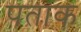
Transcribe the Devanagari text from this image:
पताक